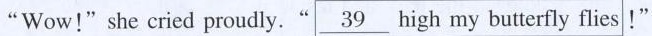
"Wow!"she cried proudly."\underline{39}high my butterfly flies!